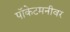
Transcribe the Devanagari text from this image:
पॉकेटमनीवर